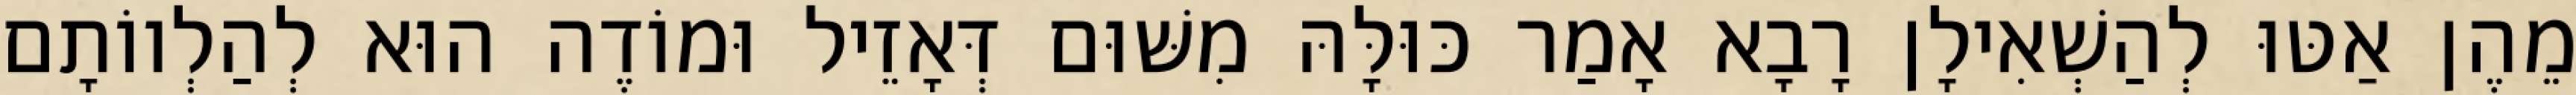
מֵהֶן אַטּוּ לְהַשְׁאִילָן רָבָא אָמַר כּוּלָּהּ מִשּׁוּם דְּאָזֵיל וּמוֹדֶה הוּא לְהַלְווֹתָם